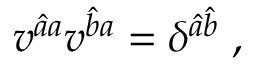
v ^ { \hat { a } a } v ^ { \hat { b } a } = \delta ^ { \hat { a } \hat { b } } \; ,